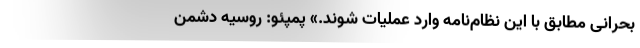
بحرانی مطابق با این نظام‌نامه وارد عملیات شوند.» پمپئو: روسیه دشمن